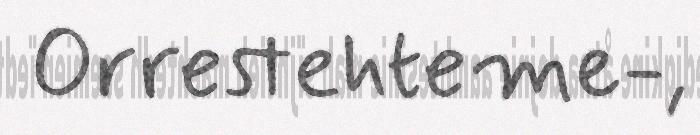
Orrestehteme-,